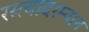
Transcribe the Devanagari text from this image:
रस्त्यादरम्यान